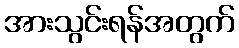
အားသွင်းရန်အတွက်